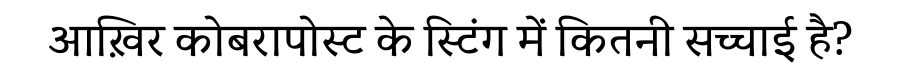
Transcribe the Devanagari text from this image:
आख़िर कोबरापोस्ट के स्टिंग में कितनी सच्चाई है?